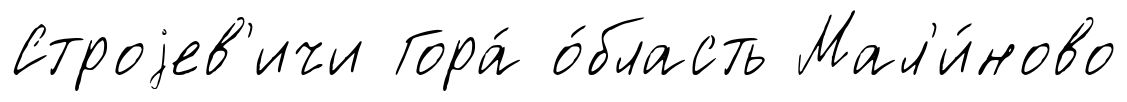
Строjев'ичи Гора́ о́бласть Мал'и́ново